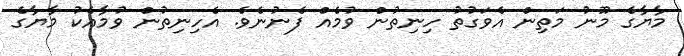
މާޔާގެ މޫނު މަތިން އެވަގުތު ހިނިތުން ވުމެއް ފެނުނެވެ. އެހިނިތުން ވުމާއެކު މާޔާގެ